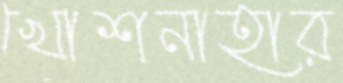
খোশনাহার